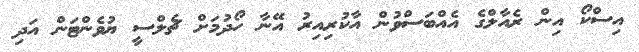
އިސްކޯ އިން ރެއާލްގެ އެއްބަސްވުން އާކުރިއިރު އޭނާ ހޯދުމަށް ޗެލްސީ ޔުވެންޓަން އަދި